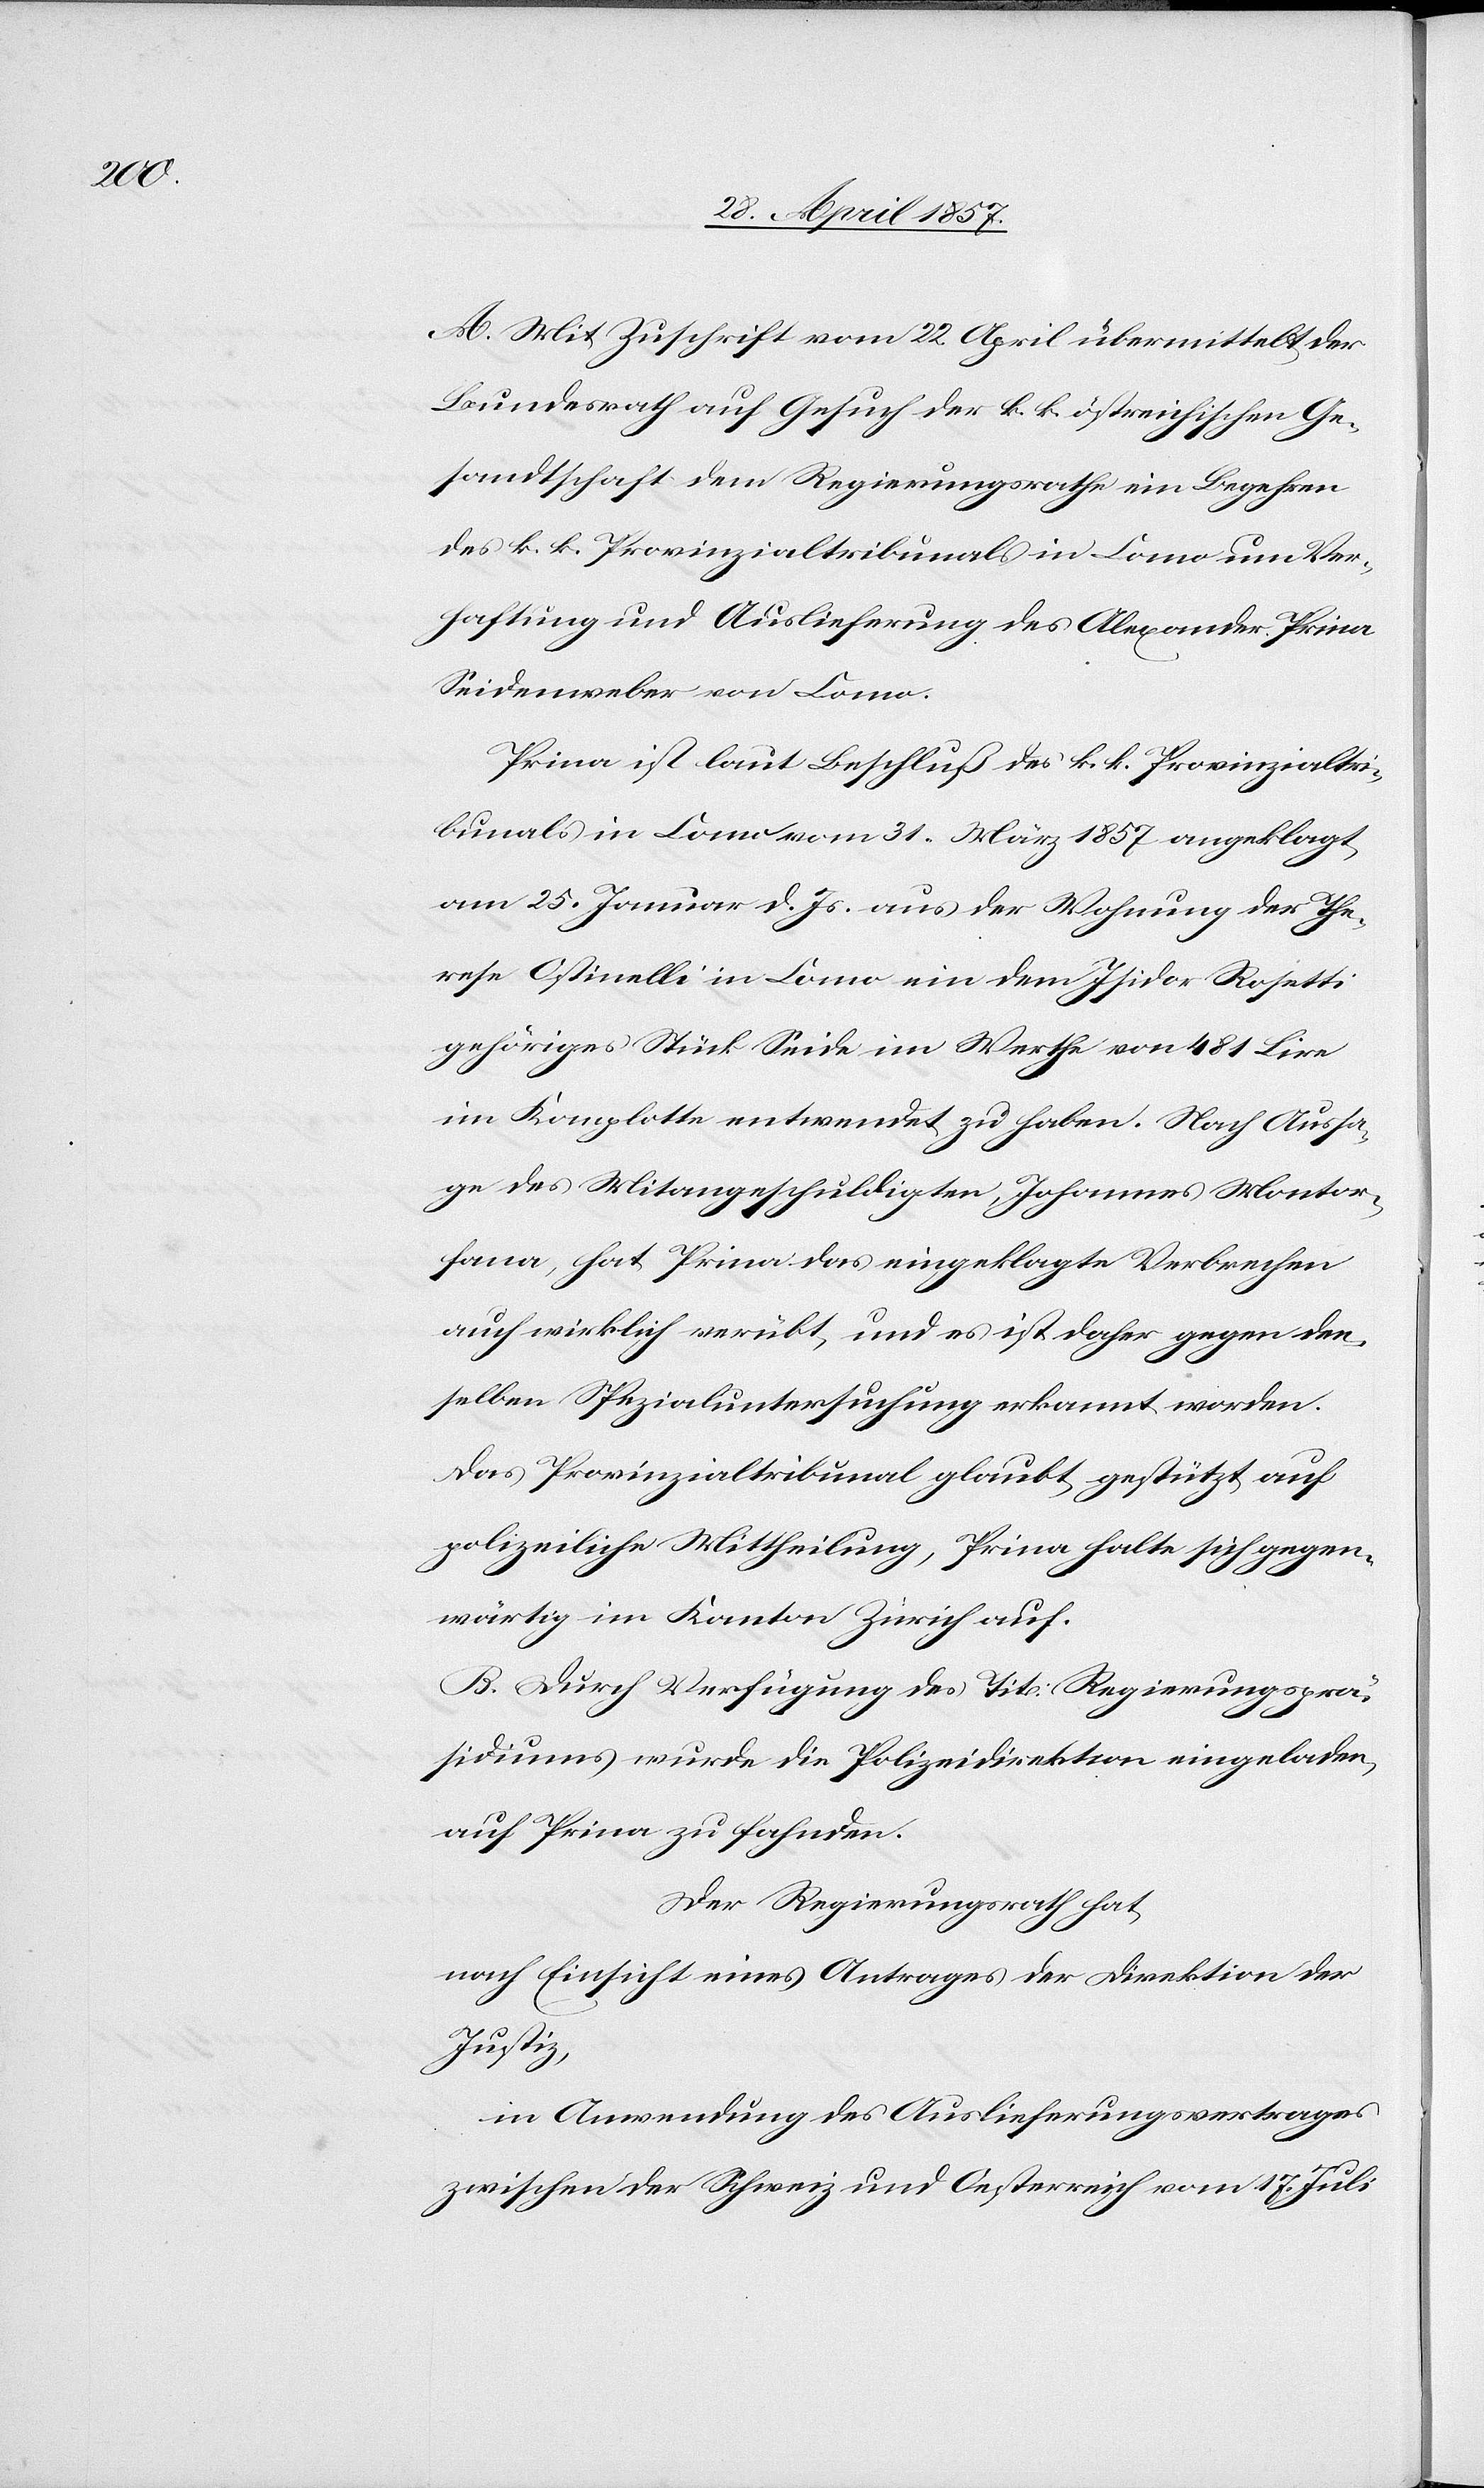
A. Mit Zuschrift vom 22 April übermittelt der
Bundesrath auf Gesuch der k. k. östreichischen Ge¬
sandtschaft dem Regierungsrathe ein Begehren
des k. k. Provinzialtribunals in Como um Ver¬
haftung und Auslieferung des Alexander [sic!]
Seidenweber von Como.
Prina ist laut Beschluß des k. k. Provinzialtri¬
bunals in Como vom 31 März 1857 angeklagt
am 25 Januar d. Js. aus der Wohnung der The¬
resa Ostinelli in Como ein dem Isidor Rosetti
gehöriges Stück Seide im Werthe von 481 Lire
im Komplotte entwendet zu haben. Nach Aussa¬
ge des Mitangeschuldigten, Johannes Montor¬
fana, hat Prina das eingeklagte Verbrechen
auch wirklich verübt, und es ist daher gegen den¬
selben Spezialuntersuchung erkannt worden.
Das Provinzialtribunal glaubt gestützt auf
polizeiliche Mittheilung, Prina halte sich gegen¬
wärtig im Kanton Zürich auf.
B. Durch Verfügung des Tit. Regierungsprä¬
sidiums wurde die Polizeidirektion eingeladen
auf Prina zu fahnden.
Der Regierungsrath hat,
nach Einsicht eines Antrages der Direktion der
Justiz,
in Anwendung des Auslieferungsvertrages
zwischen der Schweiz und Oesterreich vom 17 Juli